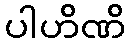
ပါဟိဏိ